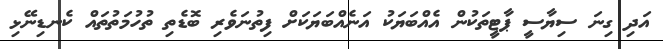
އަދި ގިނަ ސިޔާސީ ޕާޓީތަކުން އެއްބަޔަކު އަނެއްބަޔަކަށް ފިތުނަވެރި ބޮޑެތި ތުހުމަތުތައް ކެނޑިނޭޅި